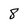
Character: 8